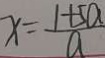
x = \frac { 1 + 5 a } { a }